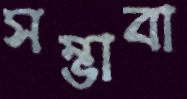
সম্ভাবা